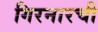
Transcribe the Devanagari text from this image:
गिरनारची